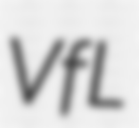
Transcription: VfL